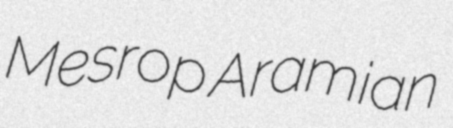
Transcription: Mesrop Aramian